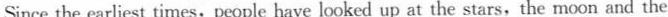
Since the earliest times,people have looked up at the stars,the moon and the